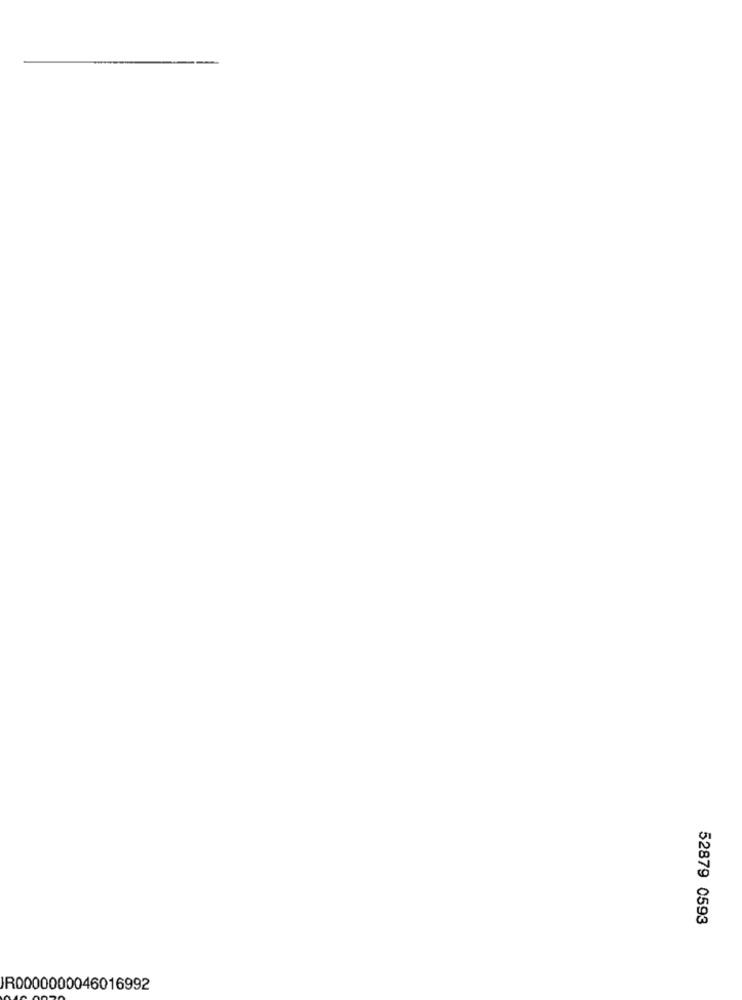
52879 0593
IR0000000046016992